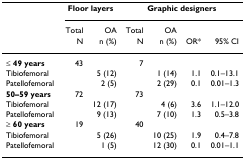
|  | <COLSPAN=2> Floor layers | <COLSPAN=4> Graphic designers |
 |  | Total | OA | Total | OA |  |  |
 |  | N | n (%) | N | n (%) | OR* | 95% CI |
 | --- | --- | --- | --- | --- | --- | --- |
 | ≤ 49 years | 43 |  | 7 |  |  |  |
 | Tibiofemoral |  | 5 (12) |  | 1 (14) | 1.1 | 0.1–13.1 |
 | Patellofemoral |  | 2 (5) |  | 2 (29) | 0.1 | 0.01–1.3 |
 | 50–59 years | 72 |  | 73 |  |  |  |
 | Tibiofemoral |  | 12 (17) |  | 4 (6) | 3.6 | 1.1–12.0 |
 | Patellofemoral |  | 9 (13) |  | 7 (10) | 1.3 | 0.5–3.8 |
 | ≥ 60 years | 19 |  | 40 |  |  |  |
 | Tibiofemoral |  | 5 (26) |  | 10 (25) | 1.9 | 0.4–7.8 |
 | Patellofemoral |  | 1 (5) |  | 12 (30) | 0.1 | 0.01–1.1 |